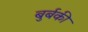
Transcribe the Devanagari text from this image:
बुर्बकी